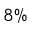
8 \%